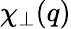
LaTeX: \chi_{\perp}(q)